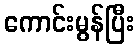
ကောင်းမွန်ပြီး